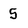
Character: 5